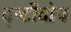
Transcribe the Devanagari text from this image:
दृष्टीदोष